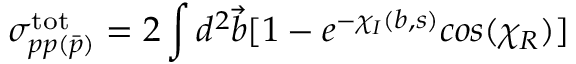
\sigma _ { p p ( \bar { p } ) } ^ { \mathrm { t o t } } = 2 \int d ^ { 2 } { \vec { b } } [ 1 - e ^ { - \chi _ { I } ( b , s ) } c o s ( \chi _ { R } ) ]